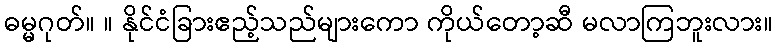
ဓမ္မဂုတ်။ ။ နိုင်ငံခြားဧည့်သည်များကော ကိုယ်တော့ဆီ မလာကြဘူးလား။